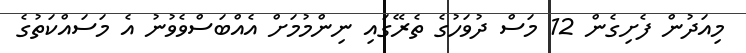
މިއަދުން ފެށިގެން 12 މަސް ދުވަހުގެ ތެރޭގައި ނިންމުމަށް އެއްބަސްވެވުނު އެ މަސައްކަތުގެ